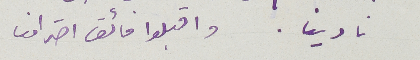
نادينا. واقبلوا فائق احترامنا